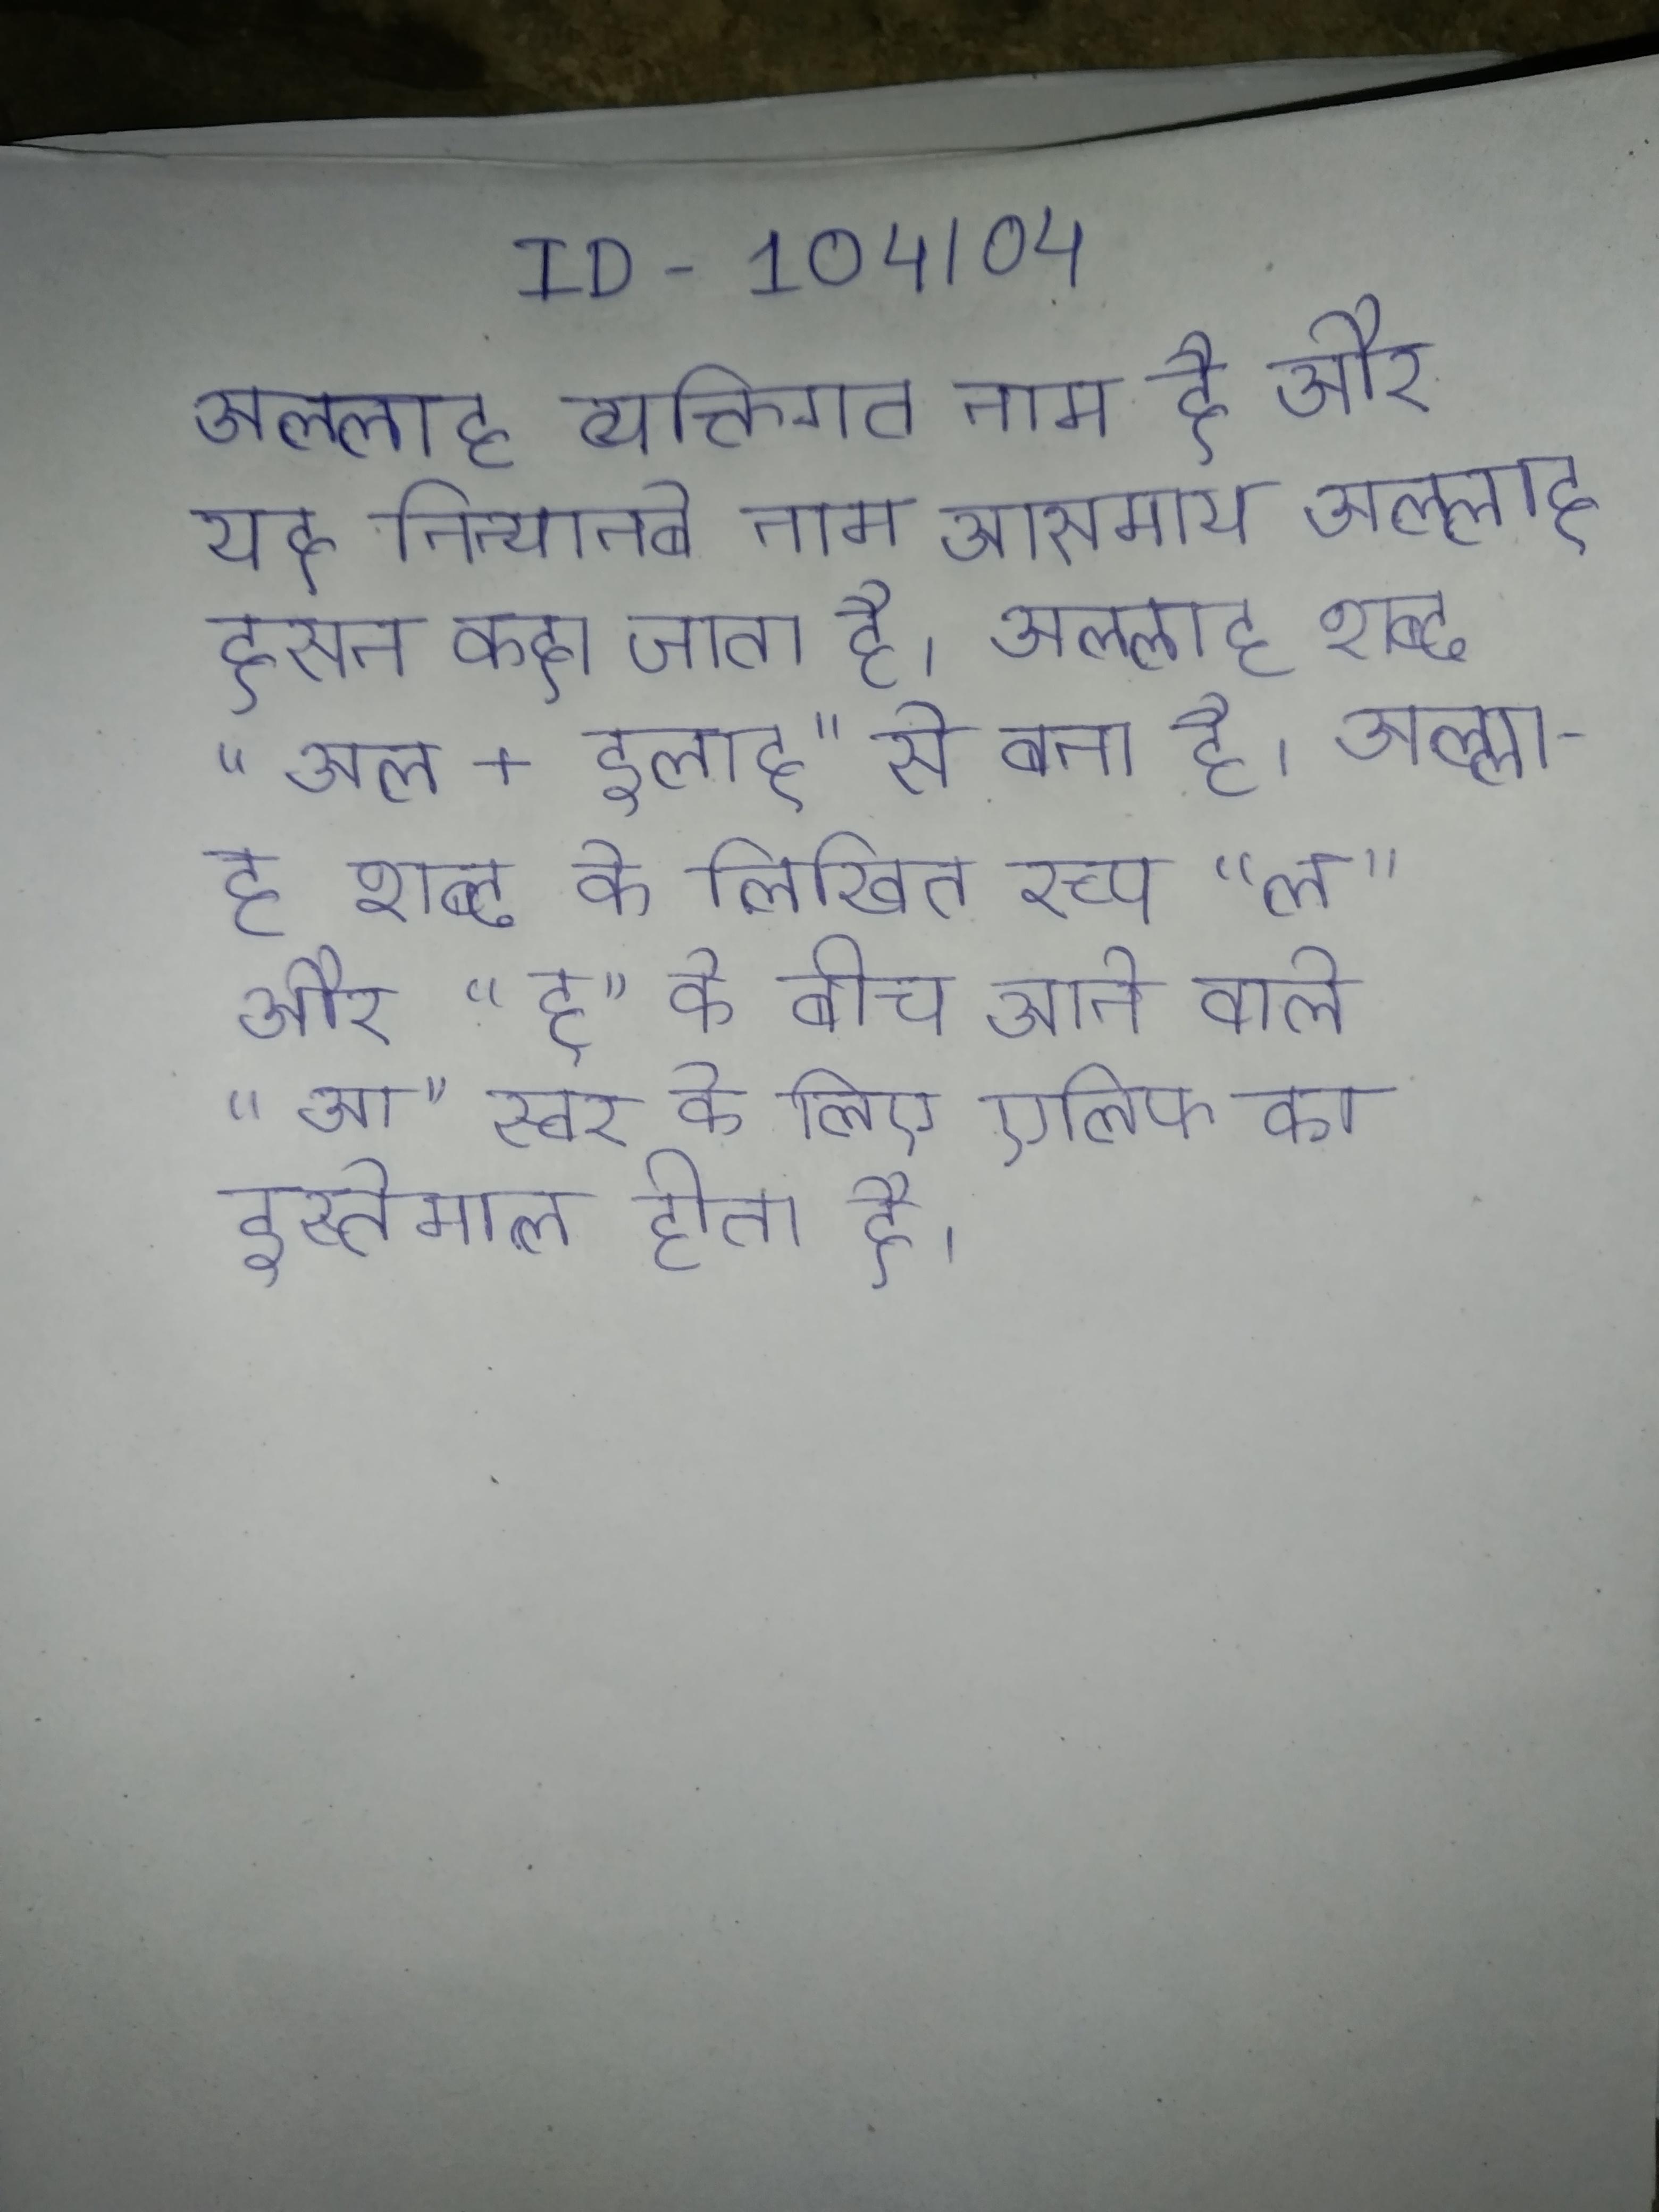
अल्लाह व्यक्तिगत नाम है और यह निन्यानबे नाम आसमाय अल्लाह हसन कहा जाता है । अल्लाह शब्द "अल + इलाह" से बना है । अल्लाह शब्द के लिखित रूप "ल" और "ह" के बीच आने वाले "आ" स्वर के लिए एलिफ का इस्तेमाल होता है ।